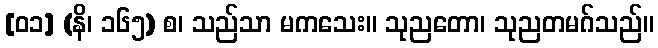
[၀၁] (နိ၊ ၁၆၅) စ၊ သည်သာ မကသေး။ သုညတော၊ သုညတမဂ်သည်။